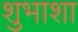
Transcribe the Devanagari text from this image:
शुभाशा